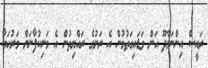
ރައީސް އިންނަމާދޫ އަށް ވަޑައިގަތުމުން އެ ރަށުގެ ރައްޔިތުން އެ މަނިކުފާނަށް މަރުހަބާ